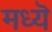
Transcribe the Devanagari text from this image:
मध्यॆ